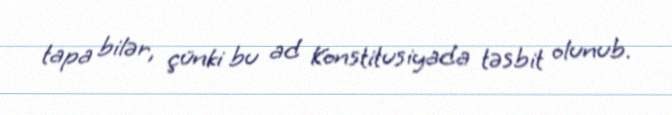
tapa bilər, çünki bu ad Konstitusiyada təsbit olunub.